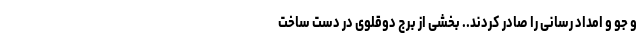
و جو و امداد رسانی را صادر کردند.. بخشی از برج دوقلوی در دست ساخت